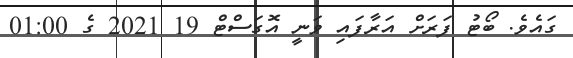
ގައެވެ. ބޯޓު ފަރަށް އަރާފައި ވަނީ އޮގަސްޓް 19 2021 ގެ 01:00